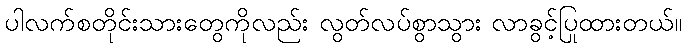
ပါလက်စတိုင်းသားတွေကိုလည်း လွတ်လပ်စွာသွား လာခွင့်ပြုထားတယ်။